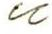
u